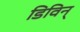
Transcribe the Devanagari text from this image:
डिविन्